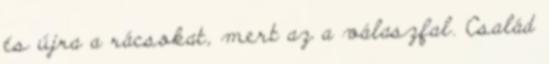
és újra a rácsokat, mert az a válaszfal. Család